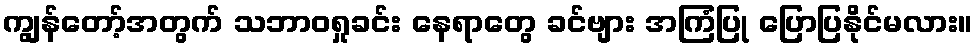
ကျွန်တော့်အတွက် သဘာဝရှုခင်း နေရာတွေ ခင်ဗျား အကြံပြု ပြောပြနိုင်မလား။